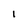
Character: 1